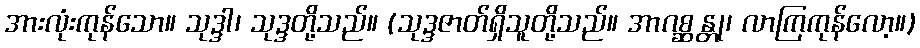
အားလုံးကုန်သော။ သုဒ္ဒါ၊ သုဒ္ဒတို့သည်။ (သုဒ္ဒဇာတ်ရှိသူတို့သည်။ အာဂစ္ဆန္တု၊ လာကြကုန်လော့။)